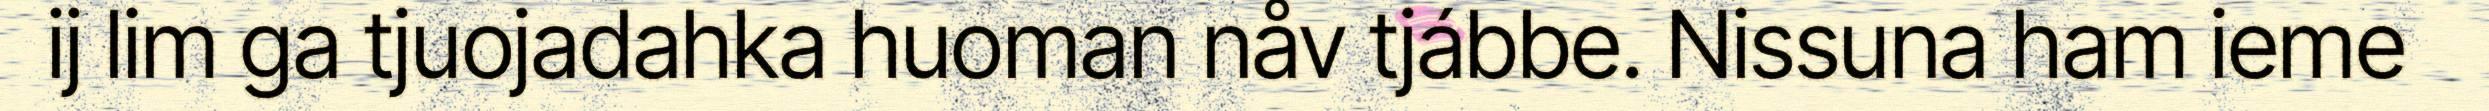
ij lim ga tjuojadahka huoman nåv tjábbe. Nissuna ham ieme